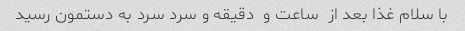
با سلام غذا بعد از  ساعت و  دقیقه و سرد سرد به دستمون رسید